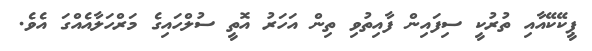
ޕީކޭކޭއާއި ތުރުކީ ސިފައިން ފާއިތުވި ތިން އަހަރު އޮތީ ސުލްހައިގެ މަރްހަލާއެއްގަ އެވެ.